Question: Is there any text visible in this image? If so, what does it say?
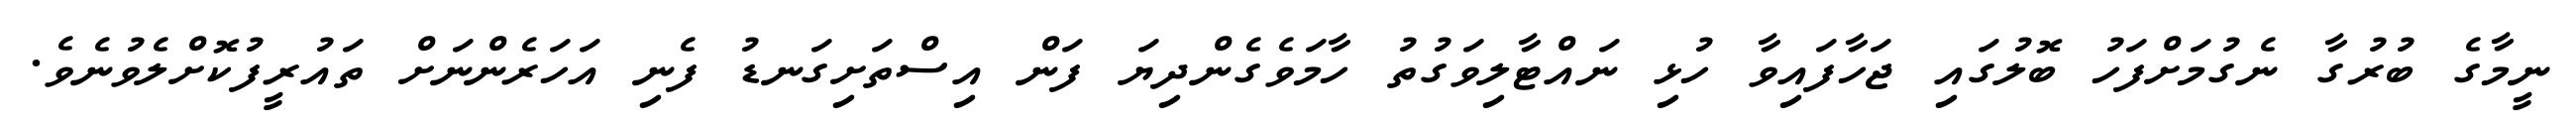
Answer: ނީމާގެ ބުރުގާ ނެގުމަށްފަހު ބޮލުގައި ޖަހާފައިވާ ހުޅި ނައްޓާލިވަގުތު ހާމަވެގެންދިޔަ ފަން އިސްތަށިގަނޑު ފެނި އަހަރެންނަށް ތައުރީފުކޮށްލެވުނެވެ.